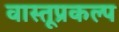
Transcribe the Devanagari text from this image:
वास्तूप्रकल्प